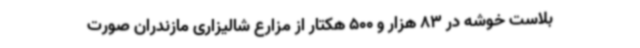
بلاست خوشه در 83 هزار و 500 هکتار از مزارع شالیزاری مازندران صورت